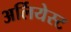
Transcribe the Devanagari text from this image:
अर्लियेस्ट